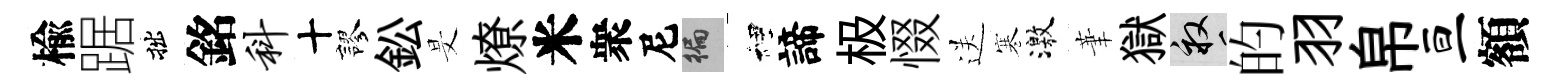
楡踞拙銘科十謬鈆旻燎米衆尼徧裡諦极惙送寒激茟獄畝的羽帛亘額